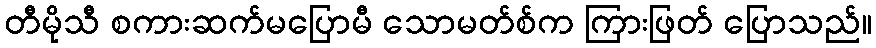
တီမိုသီ စကားဆက်မပြောမီ သောမတ်စ်က ကြားဖြတ် ပြောသည်။